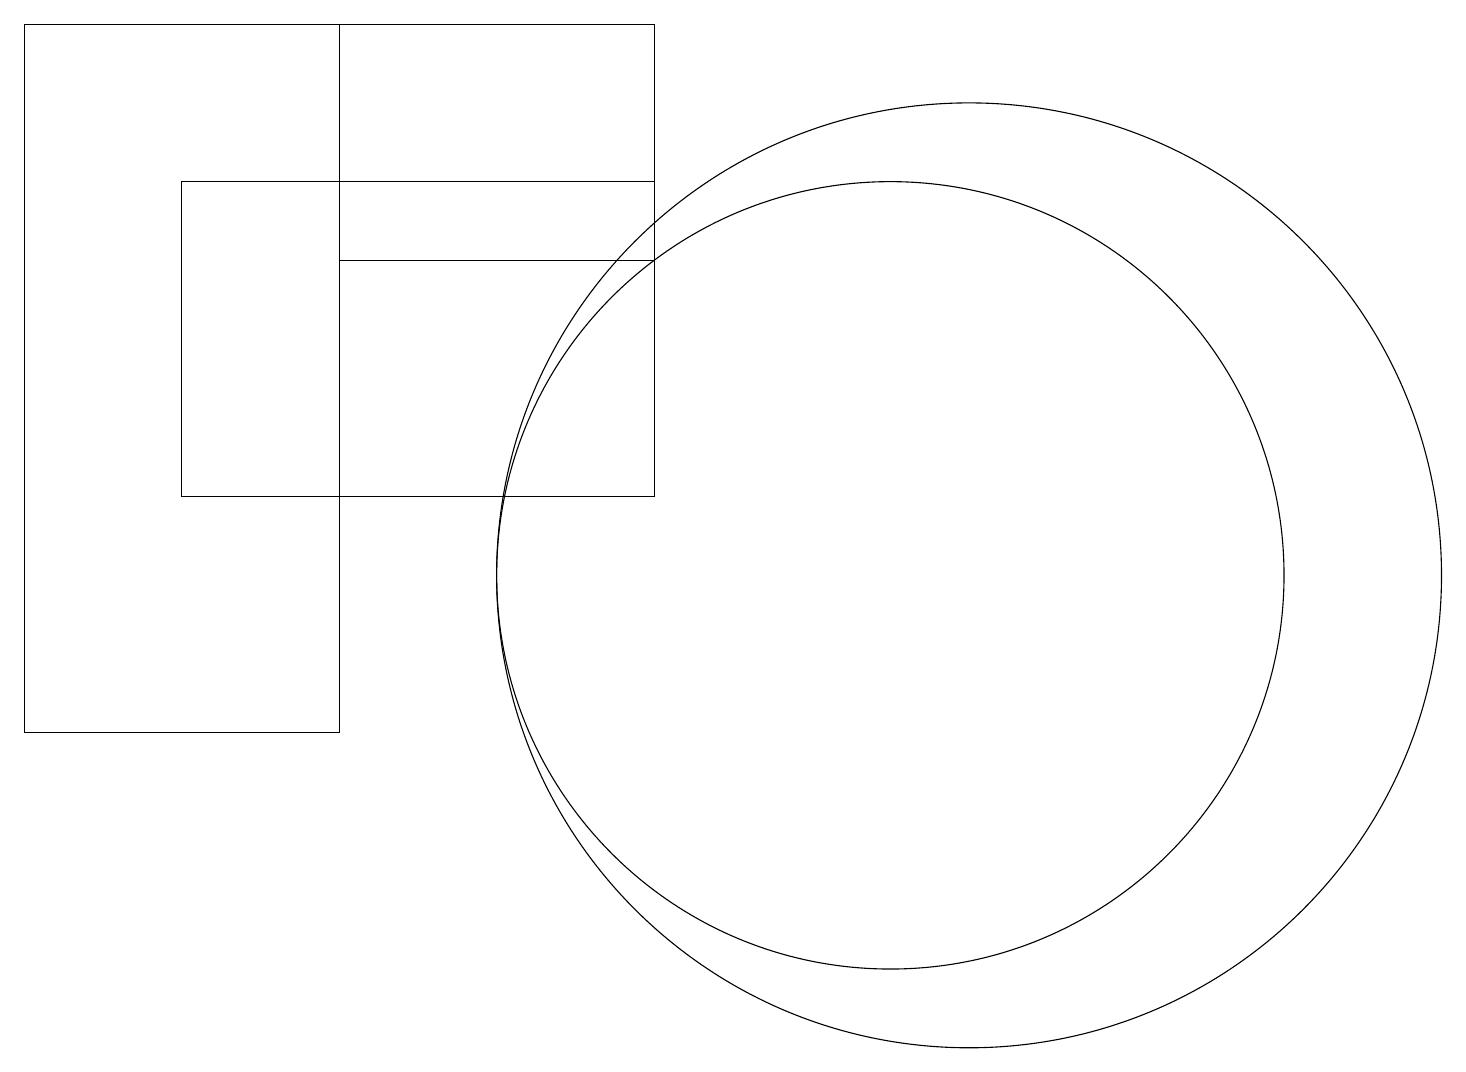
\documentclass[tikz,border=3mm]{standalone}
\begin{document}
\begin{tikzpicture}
\draw (0,19) rectangle (4,10);
\draw (11,12) circle (5);
\draw (12,12) circle (6);
\draw (8,19) rectangle (4,16);
\draw (8,13) rectangle (2,17);
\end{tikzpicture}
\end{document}